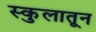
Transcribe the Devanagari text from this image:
स्कुलातून